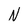
Character: N